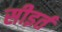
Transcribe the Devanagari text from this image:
सीइर्त